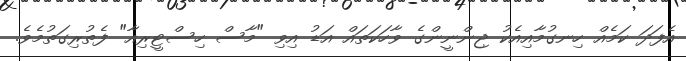
އެފަދަ ކަމެއް ހިނގުމާއިއެކު ޖިންނީންގެ ވާހަކަތައް އަޑު އިވި "މާސް ހިސްޓީރިއާ" ފެތުރިގަތުމެވެ.